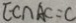
E C \cap A C = C